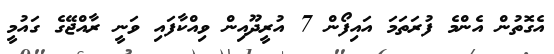
އެގޮތުން އެންމެ ފުރަތަމަ އައިފޯން 7 އުރީދޫއިން ވިއްކާފައި ވަނީ ރާއްޖޭގެ ގައުމީ